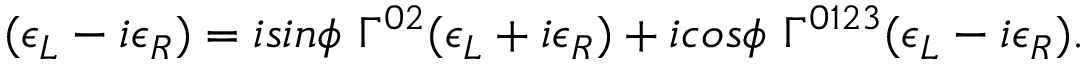
( \epsilon _ { L } - i \epsilon _ { R } ) = i s i n \phi ~ \Gamma ^ { 0 2 } ( \epsilon _ { L } + i \epsilon _ { R } ) + i c o s \phi ~ \Gamma ^ { 0 1 2 3 } ( \epsilon _ { L } - i \epsilon _ { R } ) .